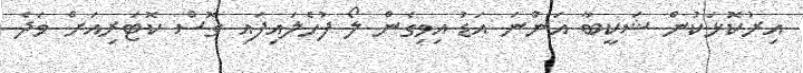
އިރުކޮޅަކުން ޝަކީބާ އަންނަ އަޑު އިވިގެން ލޯ ފުހެލައިފައި ގޮސް ކޮޓަރިއަށް ވަދެ